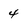
Character: 4